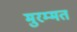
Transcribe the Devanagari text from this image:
मुरम्मत